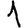
Digit: 1